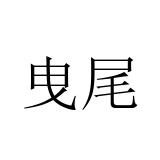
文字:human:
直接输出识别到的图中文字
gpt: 曳尾